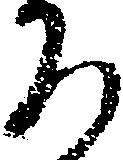
ろ